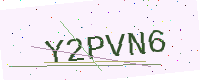
Text: Y2PVN6